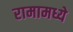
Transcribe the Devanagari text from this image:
रामामध्ये